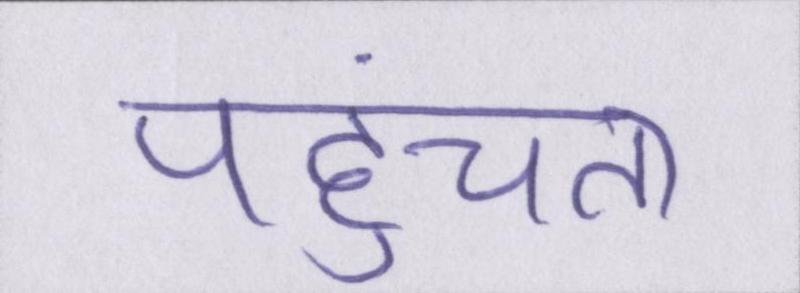
पहुंचता